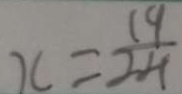
x = \frac { 1 9 } { 2 4 }